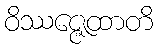
ဝိဿဇ္ဇေထာတိ